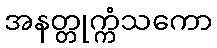
အနတ္တုက္ကံသကော